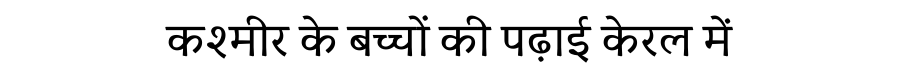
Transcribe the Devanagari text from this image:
कश्मीर के बच्चों की पढ़ाई केरल में